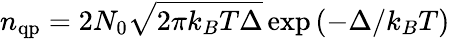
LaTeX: n_{\mathrm{qp}}=2N_{0}\sqrt{2\pi k_{B}T\Delta}\exp\left(-\Delta/k_{B}T\right)